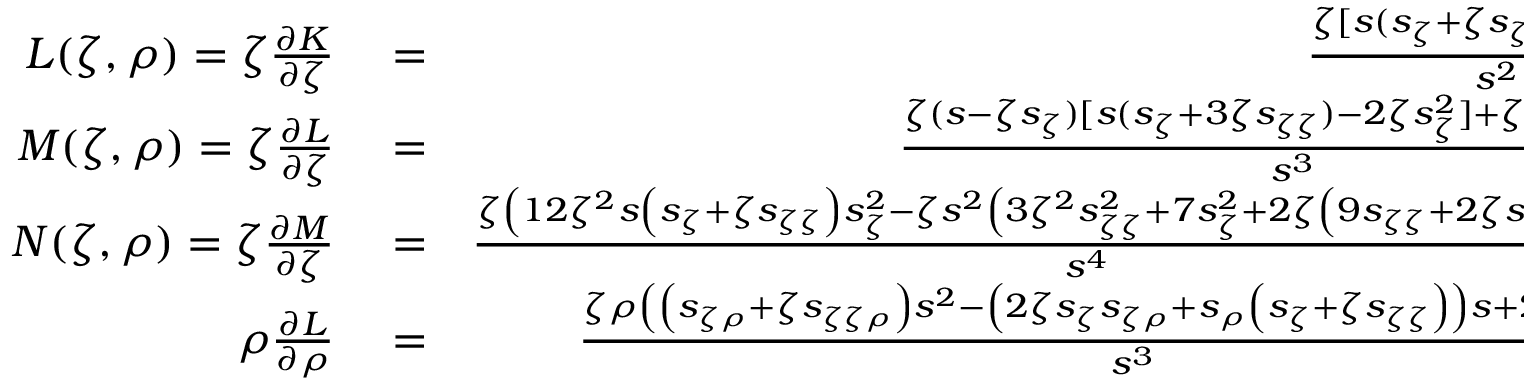
\begin{array} { r l r } { L ( \zeta , \rho ) = \zeta \frac { \partial K } { \partial \zeta } } & { { } = } & { \frac { \zeta [ s ( s _ { \zeta } + \zeta s _ { \zeta \zeta } ) - \zeta s _ { \zeta } ^ { 2 } ] } { s ^ { 2 } } , } \\ { M ( \zeta , \rho ) = \zeta \frac { \partial L } { \partial \zeta } } & { { } = } & { \frac { \zeta ( s - \zeta s _ { \zeta } ) [ s ( s _ { \zeta } + 3 \zeta s _ { \zeta \zeta } ) - 2 \zeta s _ { \zeta } ^ { 2 } ] + \zeta ^ { 3 } s ^ { 2 } s _ { \zeta \zeta \zeta } } { s ^ { 3 } } , } \\ { N ( \zeta , \rho ) = \zeta \frac { \partial M } { \partial \zeta } } & { { } = } & { \frac { \zeta \left( 1 2 \zeta ^ { 2 } s \left( s _ { \zeta } + \zeta s _ { \zeta \zeta } \right) s _ { \zeta } ^ { 2 } - \zeta s ^ { 2 } \left( 3 \zeta ^ { 2 } s _ { \zeta \zeta } ^ { 2 } + 7 s _ { \zeta } ^ { 2 } + 2 \zeta \left( 9 s _ { \zeta \zeta } + 2 \zeta s _ { \zeta \zeta \zeta } \right) s _ { \zeta } \right) \right) } { s ^ { 4 } } } \\ { \rho \frac { \partial L } { \partial \rho } } & { { } = } & { \frac { \zeta \rho \left( \left( s _ { \zeta \rho } + \zeta s _ { \zeta \zeta \rho } \right) s ^ { 2 } - \left( 2 \zeta s _ { \zeta } s _ { \zeta \rho } + s _ { \rho } \left( s _ { \zeta } + \zeta s _ { \zeta \zeta } \right) \right) s + 2 \zeta s _ { \rho } s _ { \zeta } ^ { 2 } \right) } { s ^ { 3 } } . } \end{array}